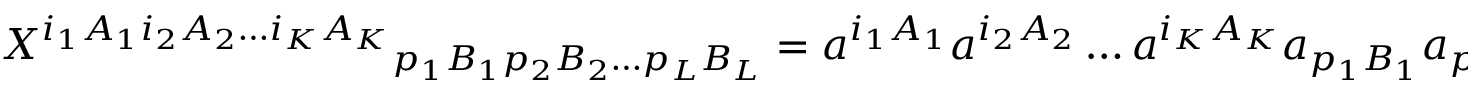
{ X ^ { i _ { 1 } A _ { 1 } i _ { 2 } A _ { 2 } \ldots i _ { K } A _ { K } } } _ { p _ { 1 } B _ { 1 } p _ { 2 } B _ { 2 } \ldots p _ { L } B _ { L } } = a ^ { i _ { 1 } A _ { 1 } } a ^ { i _ { 2 } A _ { 2 } } \ldots a ^ { i _ { K } A _ { K } } a _ { p _ { 1 } B _ { 1 } } a _ { p _ { 2 } B _ { 2 } } \ldots a _ { p _ { L } B _ { L } }